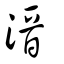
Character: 溍